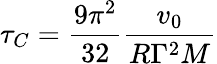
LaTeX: \tau_{C}={\frac{9\pi^{2}}{32}}{\frac{v_{0}}{R\Gamma^{2}M}}